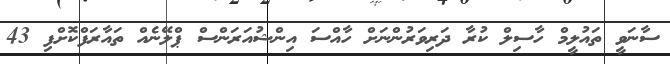
ސާނަވީ ތައުލީމް ހާސިލް ކުރާ ދަރިވަރުންނަށް ހާއްސަ އިންޝުއަރަންސް ޕްލޭނެއް ތައާރަފްކޮށްފި 43